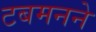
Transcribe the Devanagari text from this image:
टबमनने